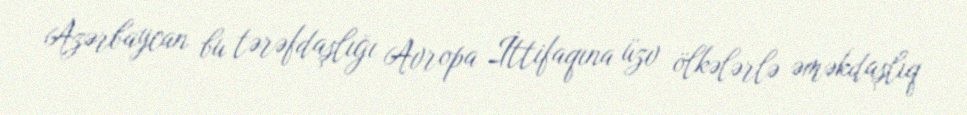
Azərbaycan bu tərəfdaşlığı Avropa İttifaqına üzv ölkələrlə əməkdaşlıq